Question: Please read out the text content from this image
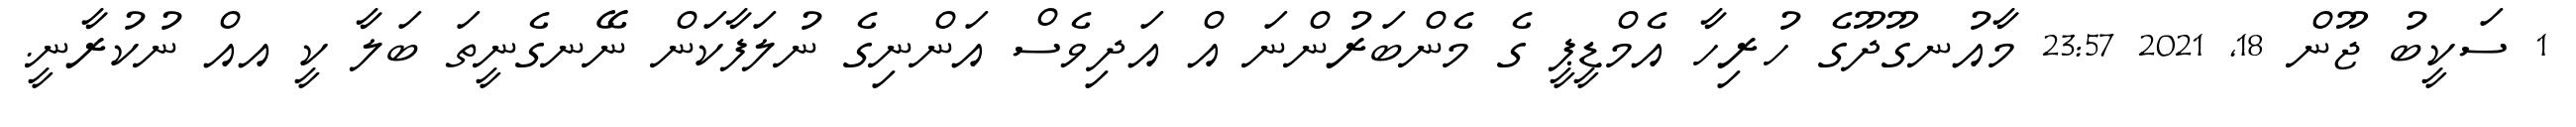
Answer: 1 ސަކީބު ޖޫން 18, 2021 23:57 މާއުނގޫދޫގެ ހުރިހާ އެމްޑީޕީ ގެ މެންބަރުންނަ އް އަދިވެސް އަންނިގެ ނުލަފާކަން ނޭނގެނީތަ ބަލާ ކީ އއް ނުކުރާނީ.